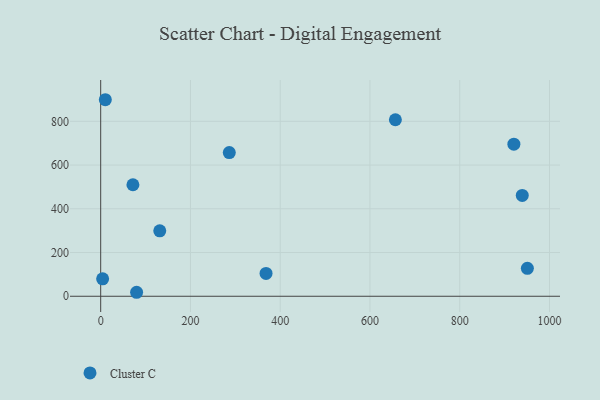
{"axis": {"x": "Study Hours", "y": "Yield"}, "legend": ["Cluster C"], "data": [{"x": "71.8", "y": 509.8, "type": "Cluster C"}, {"x": "131.6", "y": 299.1, "type": "Cluster C"}, {"x": "950.7", "y": 127.6, "type": "Cluster C"}, {"x": "368.4", "y": 104.5, "type": "Cluster C"}, {"x": "939.3", "y": 461.2, "type": "Cluster C"}, {"x": "656.6", "y": 807.1, "type": "Cluster C"}, {"x": "10.3", "y": 898.7, "type": "Cluster C"}, {"x": "4.3", "y": 79.5, "type": "Cluster C"}, {"x": "286.5", "y": 656.8, "type": "Cluster C"}, {"x": "920.6", "y": 695.5, "type": "Cluster C"}, {"x": "80.0", "y": 18.2, "type": "Cluster C"}]}